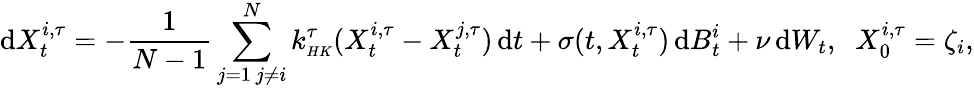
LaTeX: \mathrm{d}X_{t}^{i,\tau}=-\frac{1}{N-1}\sum_{\substack{j=1\, j\neq i}}^{N}k_{\scriptscriptstyle{HK}}^{\tau}(X_{t}^{i,\tau}-X_{t}^{j,\tau})\, \mathrm{d}t+\sigma(t,X_{t}^{i,\tau})\, \mathrm{d}B_{t}^{i}+\nu\, \mathrm{d}W_{t},\; \; X_{0}^{i,\tau}=\zeta_{i},